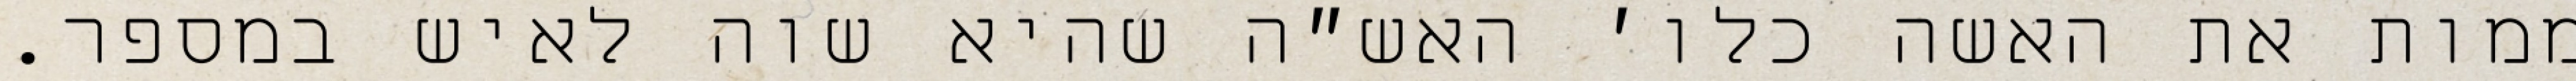
ממות את האשה כלו׳ האש״ה שהיא שוה לאיש במספר.